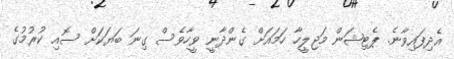
އެދިފައިވާނެ. ޕެޓިޝަން މަޖިލީހާ ހަމައަށް ގެންދާނީ ވީހާވެސް ގިނަ ބަޔަކަށް ސޮއި ކުރުމުގެ